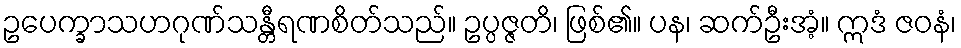
ဥပေက္ခာသဟဂုဏ်သန္တီရဏစိတ်သည်။ ဥပ္ပဇ္ဇတိ၊ ဖြစ်၏။ ပန၊ ဆက်ဦးအံ့။ ဣဒံ ဇဝနံ၊